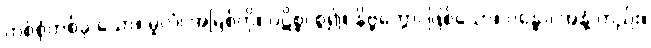
တစ်စုံတစ်ခု သော။ မူလံ၊ အမြစ်ကို။ ပဋိစ္စ၊ စွဲ၍။ နိဗ္ဗတ္တော၊ ဖြစ်သော။ ဂန္ဓော၊ အနံ့ တည်း။